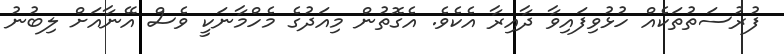
ފުރުސަތުތަކެއް ހުޅުވިފައިވާ ދާއިރާ އެކެވެ. އެގޮތުން މިއަދުގެ މެހްމާނަކީ ވެސް އޭނާއަށް ލިބުނު